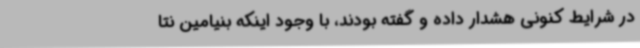
در شرایط کنونی هشدار داده و گفته بودند، با وجود اینکه بنیامین نتا